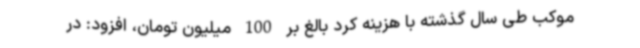
موکب طی سال گذشته با هزینه کرد بالغ بر 100 میلیون تومان، افزود: در